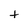
Character: t